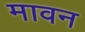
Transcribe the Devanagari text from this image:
मावन